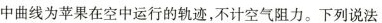
中曲线为苹果在空中运行的轨迹，不计空气阻力。下列说法